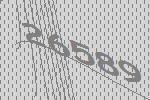
26589